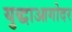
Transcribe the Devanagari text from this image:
युद्धाआगोदर